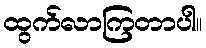
ထွက်လာကြတာပါ။